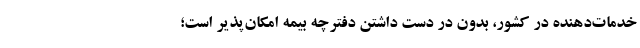
خدمات‌دهنده در کشور، بدون در دست داشتن دفترچه بیمه امکان‌پذیر است؛